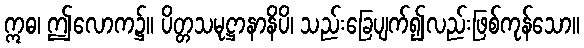
ဣဓ၊ ဤလောက၌။ ပိတ္တသမုဋ္ဌာနာနိပိ၊ သည်းခြေပျက်၍လည်းဖြစ်ကုန်သော။